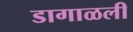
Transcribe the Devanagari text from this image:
डागाळली